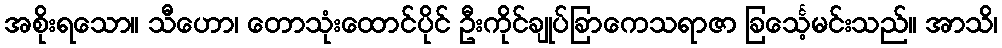
အစိုးရသော။ သီဟော၊ တောသုံးထောင်ပိုင် ဦးကိုင်ချုပ်ခြာကေသရာဇာ ခြင်္သေ့မင်းသည်။ အာသိ၊